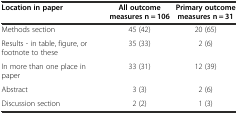
| Location in paper | All outcome measures n = 106 | Primary outcome measures n = 31 |
 | --- | --- | --- |
 | Methods section | 45 (42) | 20 (65) |
 | Results - in table, figure, or footnote to these | 35 (33) | 2 (6) |
 | In more than one place in paper | 33 (31) | 12 (39) |
 | Abstract | 3 (3) | 2 (6) |
 | Discussion section | 2 (2) | 1 (3) |